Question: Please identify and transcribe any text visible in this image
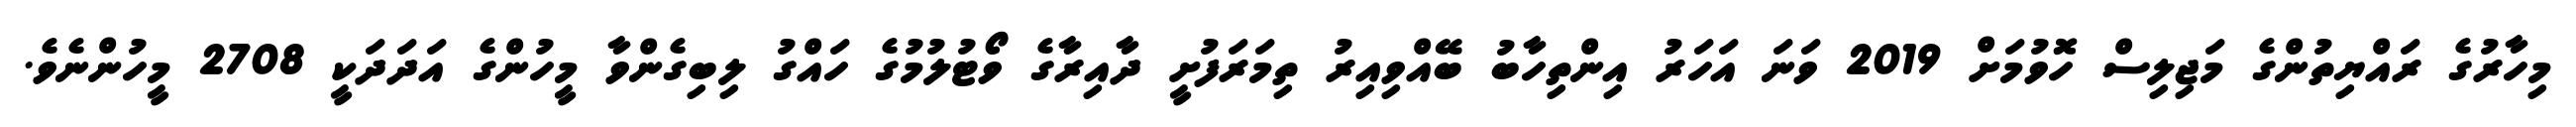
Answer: މިހާރުގެ ރައްޔިތުންގެ މަޖިލިސް ހޮވުމަށް 2019 ވަނަ އަހަރު އިންތިހާބު ބޭއްވިއިރު ތިމަރަފުށީ ދާއިރާގެ ވޯޓުލުމުގެ ހައްގު ލިބިގެންވާ މީހުންގެ އަދަދަކީ 2708 މީހުންނެވެ.